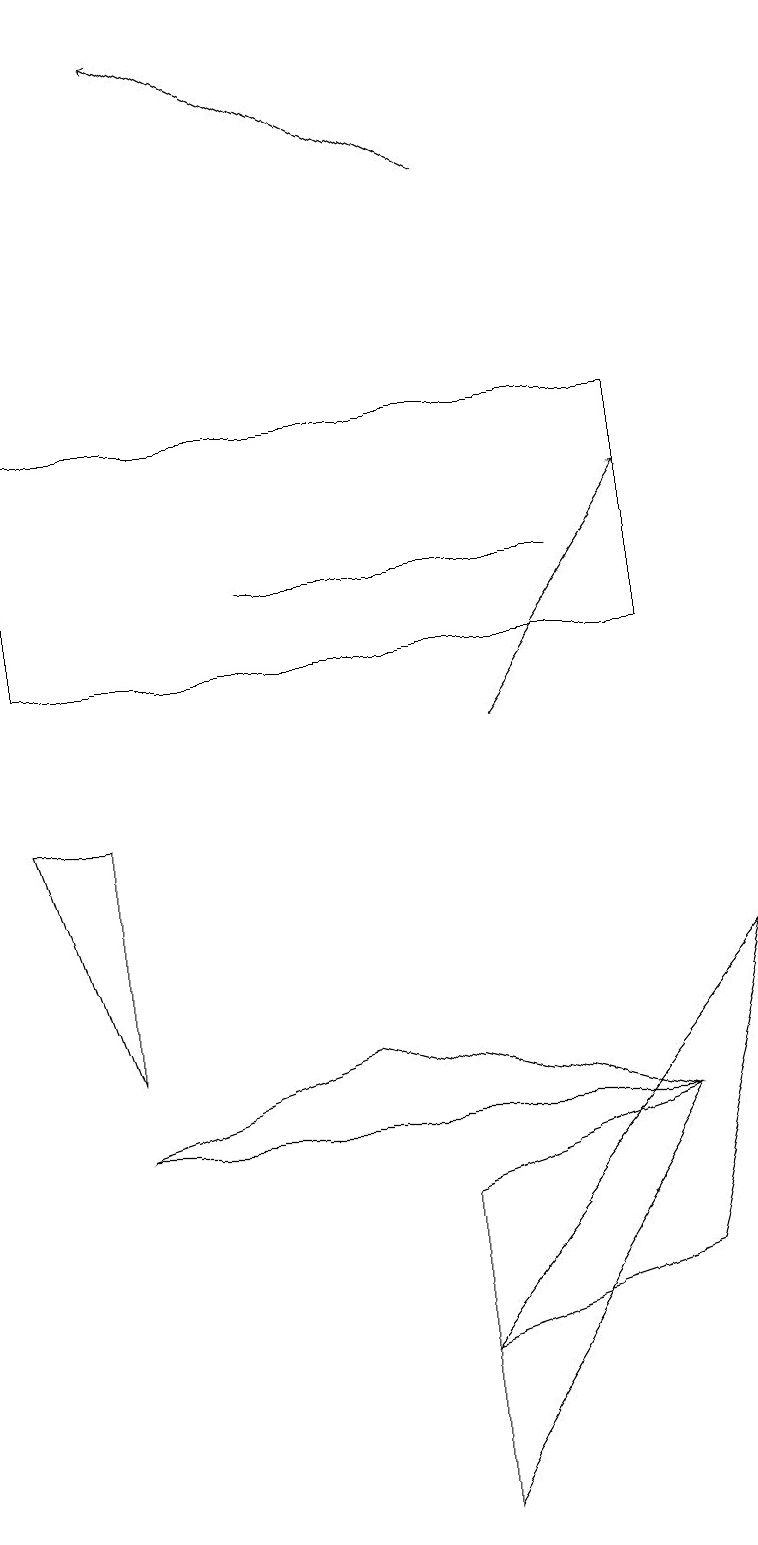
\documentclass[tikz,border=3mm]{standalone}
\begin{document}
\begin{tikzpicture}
\draw (0,11) rectangle (8,14);
\draw[->] (6,10) -- (8,13);
\draw (4,6) -- (1,5) -- (8,5) -- cycle;
\draw (8,5) -- (5,0) -- (5,4) -- cycle;
\draw (8,3) -- (9,7) -- (5,2) -- cycle;
\draw (7,12) rectangle (3,12);
\draw[->] (6,17) -- (2,19);
\draw (1,9) -- (0,9) -- (1,6) -- cycle;
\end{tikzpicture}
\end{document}